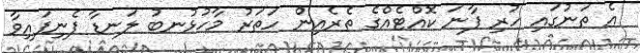
އެ ތަނުގައި ހުރި ފާނަ ކޮއްޓެއްގެ ތެރެއިން ހަތަރު މާހުޅުނބު ލަނޑާ ފެނިފައިވާ